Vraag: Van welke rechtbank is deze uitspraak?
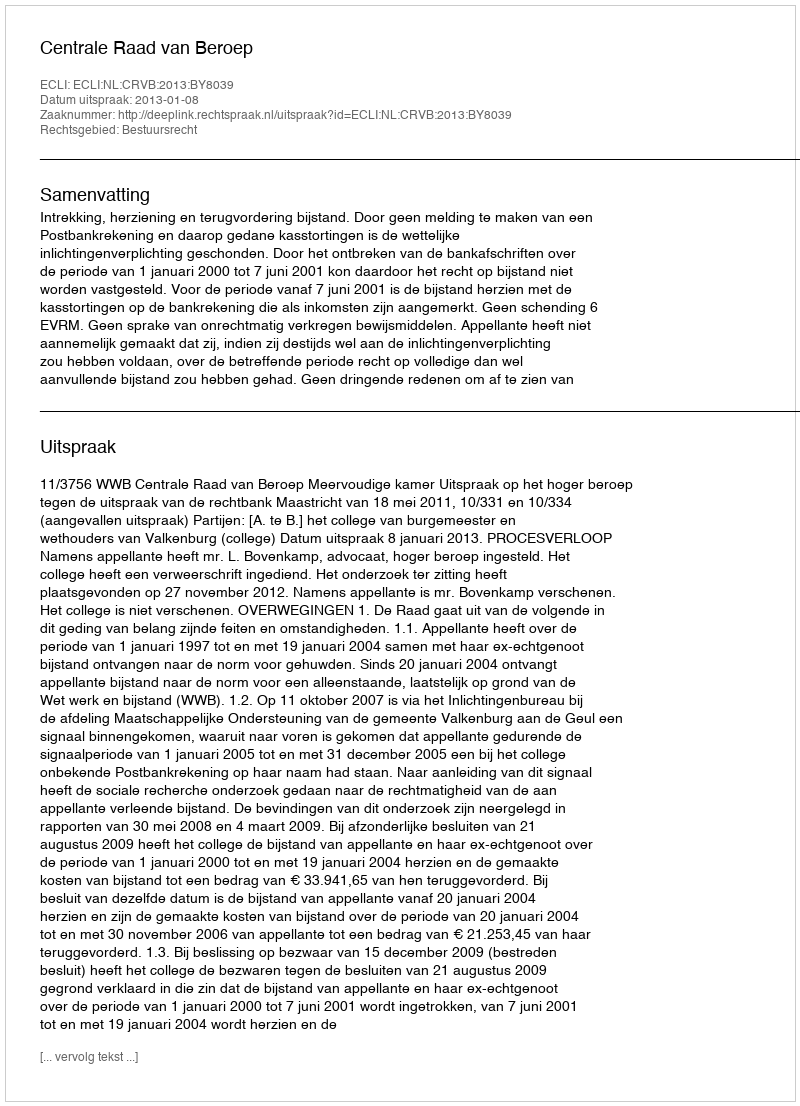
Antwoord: Centrale Raad van Beroep